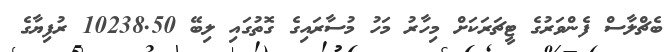
ބެޗްލާސް ފެންވަރުގެ ޓީޗަރަކަށް މިހާރު މަހު މުސާރައިގެ ގޮތުގައި ލިބޭ 10238.50 ރުފިޔާގެ